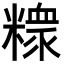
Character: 𥼟